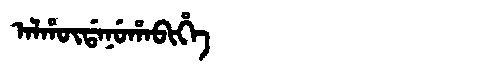
Manchu: ᠠᠯᡥᡡᡩᠠᠨᡠᡥᠠᠪᡳᡥᡝ
Romanization: ALHŪDANUHABIHE